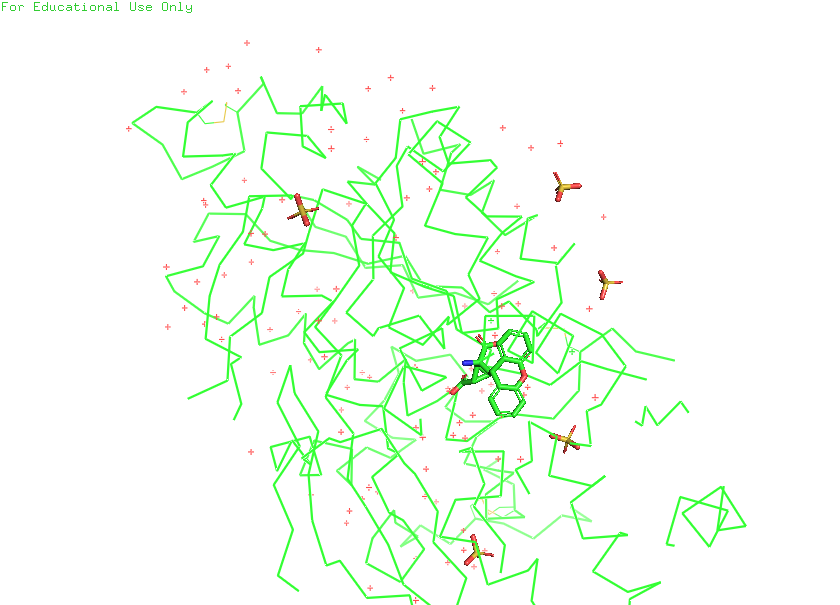
pymol, preset, simple